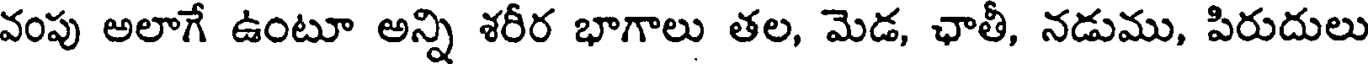
వంపు అలాగే ఉంటూ అన్ని శరీర భాగాలు తల, మెడ, ఛాతీ, నడుము, పిరుదులు